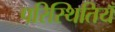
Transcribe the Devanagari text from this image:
परिस्थितियँ